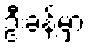
ဦးခန့်မှာ